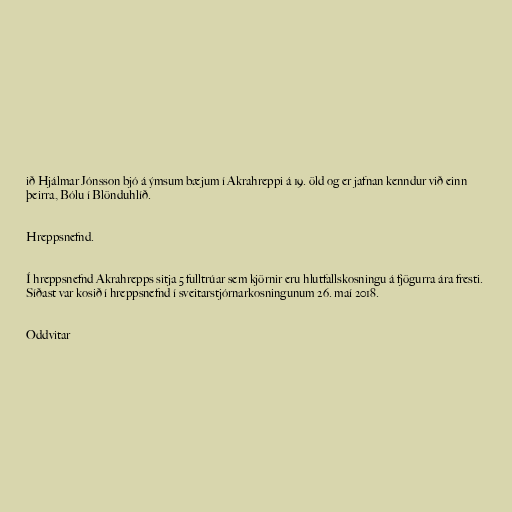
ið Hjálmar Jónsson bjó á ýmsum bæjum í Akrahreppi á 19. öld og er jafnan kenndur við einn
þeirra, Bólu í Blönduhlíð.

Hreppsnefnd.

Í hreppsnefnd Akrahrepps sitja 5 fulltrúar sem kjörnir eru hlutfallskosningu á fjögurra ára fresti.
Síðast var kosið í hreppsnefnd í sveitarstjórnarkosningunum 26. maí 2018.

Oddvitar